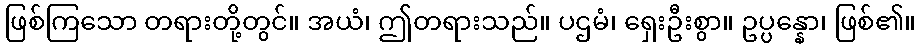
ဖြစ်ကြသော တရားတို့တွင်။ အယံ၊ ဤတရားသည်။ ပဌမံ၊ ရှေးဦးစွာ။ ဥပ္ပန္နော၊ ဖြစ်၏။